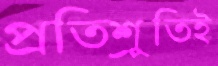
প্রতিশ্রুতিই